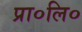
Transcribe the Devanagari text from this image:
प्रा०लि०